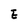
Character: E